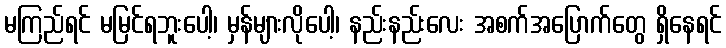
မကြည်ရင် မမြင်ရဘူးပေါ့၊ မှန်များလိုပေါ့၊ နည်းနည်းလေး အစက်အပြောက်တွေ ရှိနေရင်